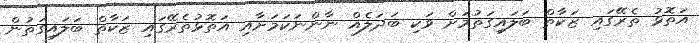
އަތޮޅު ތެރޭގައި ޒަކާތް ބަލައިގަތުމަށް ވަކި ބަދަލެއް ނާންނަކަމަށާއި އަތޮޅުތެރޭގައި ޒަކާތް ބަލައިގަތުން